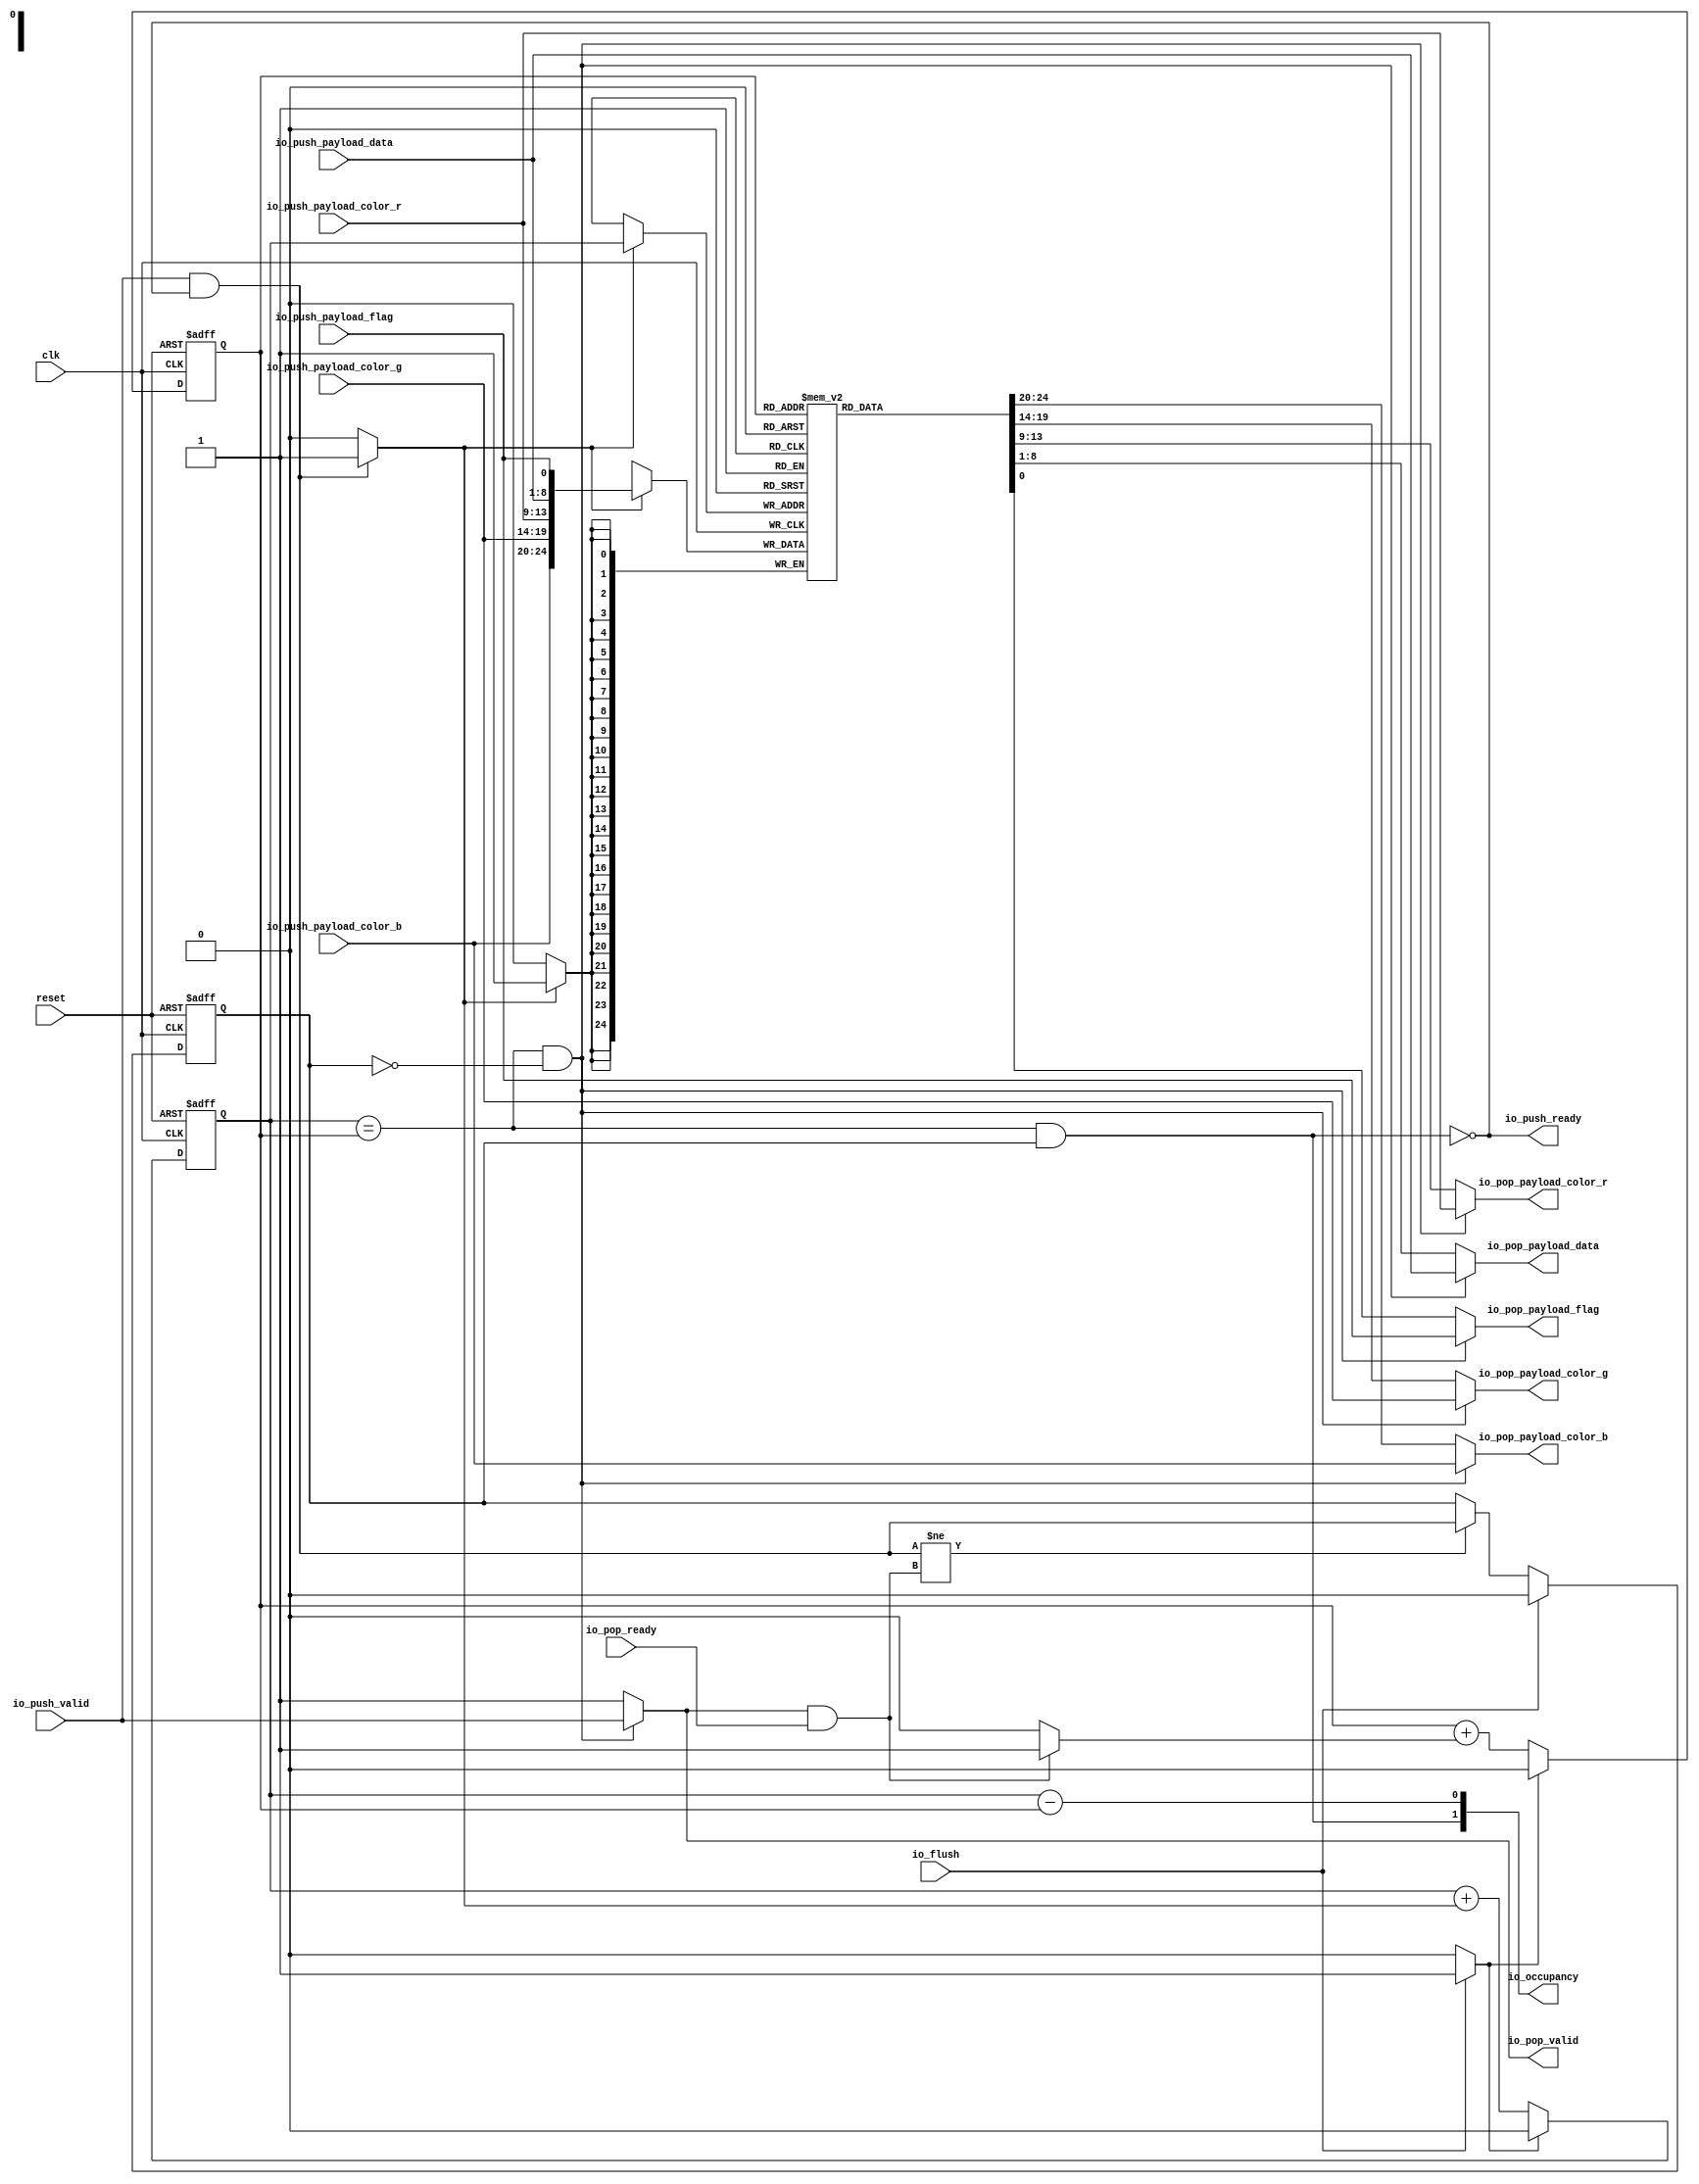
// Generator : SpinalHDL v1.4.3    git head : adf552d8f500e7419fff395b7049228e4bc5de26
// Component : StreamFifoLowLatency
// Git hash  : adf552d8f500e7419fff395b7049228e4bc5de26



module StreamFifoLowLatency (
  input               io_push_valid,
  output              io_push_ready,
  input               io_push_payload_flag,
  input      [7:0]    io_push_payload_data,
  input      [4:0]    io_push_payload_color_r,
  input      [5:0]    io_push_payload_color_g,
  input      [4:0]    io_push_payload_color_b,
  output reg          io_pop_valid,
  input               io_pop_ready,
  output reg          io_pop_payload_flag,
  output reg [7:0]    io_pop_payload_data,
  output reg [4:0]    io_pop_payload_color_r,
  output reg [5:0]    io_pop_payload_color_g,
  output reg [4:0]    io_pop_payload_color_b,
  input               io_flush,
  output     [1:0]    io_occupancy,
  input               clk,
  input               reset
);
  wire       [24:0]   _zz_4;
  wire                _zz_5;
  wire       [0:0]    _zz_6;
  wire       [24:0]   _zz_7;
  reg                 _zz_1;
  reg                 pushPtr_willIncrement;
  reg                 pushPtr_willClear;
  reg        [0:0]    pushPtr_valueNext;
  reg        [0:0]    pushPtr_value;
  wire                pushPtr_willOverflowIfInc;
  wire                pushPtr_willOverflow;
  reg                 popPtr_willIncrement;
  reg                 popPtr_willClear;
  reg        [0:0]    popPtr_valueNext;
  reg        [0:0]    popPtr_value;
  wire                popPtr_willOverflowIfInc;
  wire                popPtr_willOverflow;
  wire                ptrMatch;
  reg                 risingOccupancy;
  wire                empty;
  wire                full;
  wire                pushing;
  wire                popping;
  wire       [24:0]   _zz_2;
  wire       [15:0]   _zz_3;
  wire       [0:0]    ptrDif;
  (* ram_style = "distributed" *) reg [24:0] ram [0:1];

  assign _zz_5 = (! empty);
  assign _zz_6 = _zz_2[0 : 0];
  assign _zz_7 = {{io_push_payload_color_b,{io_push_payload_color_g,io_push_payload_color_r}},{io_push_payload_data,io_push_payload_flag}};
  assign _zz_4 = ram[popPtr_value];
  always @ (posedge clk) begin
    if(_zz_1) begin
      ram[pushPtr_value] <= _zz_7;
    end
  end

  always @ (*) begin
    _zz_1 = 1'b0;
    if(pushing)begin
      _zz_1 = 1'b1;
    end
  end

  always @ (*) begin
    pushPtr_willIncrement = 1'b0;
    if(pushing)begin
      pushPtr_willIncrement = 1'b1;
    end
  end

  always @ (*) begin
    pushPtr_willClear = 1'b0;
    if(io_flush)begin
      pushPtr_willClear = 1'b1;
    end
  end

  assign pushPtr_willOverflowIfInc = (pushPtr_value == 1'b1);
  assign pushPtr_willOverflow = (pushPtr_willOverflowIfInc && pushPtr_willIncrement);
  always @ (*) begin
    pushPtr_valueNext = (pushPtr_value + pushPtr_willIncrement);
    if(pushPtr_willClear)begin
      pushPtr_valueNext = 1'b0;
    end
  end

  always @ (*) begin
    popPtr_willIncrement = 1'b0;
    if(popping)begin
      popPtr_willIncrement = 1'b1;
    end
  end

  always @ (*) begin
    popPtr_willClear = 1'b0;
    if(io_flush)begin
      popPtr_willClear = 1'b1;
    end
  end

  assign popPtr_willOverflowIfInc = (popPtr_value == 1'b1);
  assign popPtr_willOverflow = (popPtr_willOverflowIfInc && popPtr_willIncrement);
  always @ (*) begin
    popPtr_valueNext = (popPtr_value + popPtr_willIncrement);
    if(popPtr_willClear)begin
      popPtr_valueNext = 1'b0;
    end
  end

  assign ptrMatch = (pushPtr_value == popPtr_value);
  assign empty = (ptrMatch && (! risingOccupancy));
  assign full = (ptrMatch && risingOccupancy);
  assign pushing = (io_push_valid && io_push_ready);
  assign popping = (io_pop_valid && io_pop_ready);
  assign io_push_ready = (! full);
  always @ (*) begin
    if(_zz_5)begin
      io_pop_valid = 1'b1;
    end else begin
      io_pop_valid = io_push_valid;
    end
  end

  assign _zz_2 = _zz_4;
  assign _zz_3 = _zz_2[24 : 9];
  always @ (*) begin
    if(_zz_5)begin
      io_pop_payload_flag = _zz_6[0];
    end else begin
      io_pop_payload_flag = io_push_payload_flag;
    end
  end

  always @ (*) begin
    if(_zz_5)begin
      io_pop_payload_data = _zz_2[8 : 1];
    end else begin
      io_pop_payload_data = io_push_payload_data;
    end
  end

  always @ (*) begin
    if(_zz_5)begin
      io_pop_payload_color_r = _zz_3[4 : 0];
    end else begin
      io_pop_payload_color_r = io_push_payload_color_r;
    end
  end

  always @ (*) begin
    if(_zz_5)begin
      io_pop_payload_color_g = _zz_3[10 : 5];
    end else begin
      io_pop_payload_color_g = io_push_payload_color_g;
    end
  end

  always @ (*) begin
    if(_zz_5)begin
      io_pop_payload_color_b = _zz_3[15 : 11];
    end else begin
      io_pop_payload_color_b = io_push_payload_color_b;
    end
  end

  assign ptrDif = (pushPtr_value - popPtr_value);
  assign io_occupancy = {(risingOccupancy && ptrMatch),ptrDif};
  always @ (posedge clk or posedge reset) begin
    if (reset) begin
      pushPtr_value <= 1'b0;
      popPtr_value <= 1'b0;
      risingOccupancy <= 1'b0;
    end else begin
      pushPtr_value <= pushPtr_valueNext;
      popPtr_value <= popPtr_valueNext;
      if((pushing != popping))begin
        risingOccupancy <= pushing;
      end
      if(io_flush)begin
        risingOccupancy <= 1'b0;
      end
    end
  end


endmodule